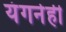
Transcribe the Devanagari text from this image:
यंगनेही